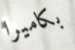
بكاميرا